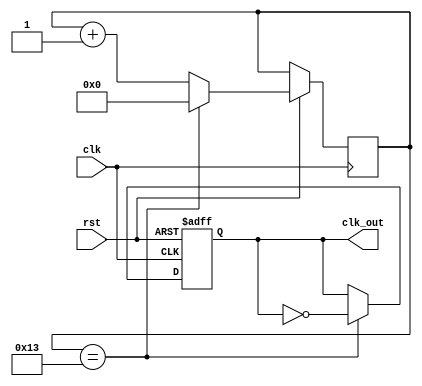
//Universal frequency division module
// you can change the parameter DIV_FACTOR to get the fre you want.

module div_fre(
				input clk,rst,
				output reg clk_out
				);


// system clk is 40M
parameter   DIV_FACTOR = 19; // 40M/(39+1)=1M

reg [31:0] cnt ;

always @(posedge clk or negedge rst) begin
	if (!rst) begin
		// reset
		clk_out <= 0;
	end
	else if (cnt == DIV_FACTOR) begin
		cnt <= 0;
		clk_out <= ~clk_out;
	end
	else cnt <= cnt + 1;
end

endmodule